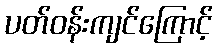
ပတ်ဝန်းကျင်ကြောင့်